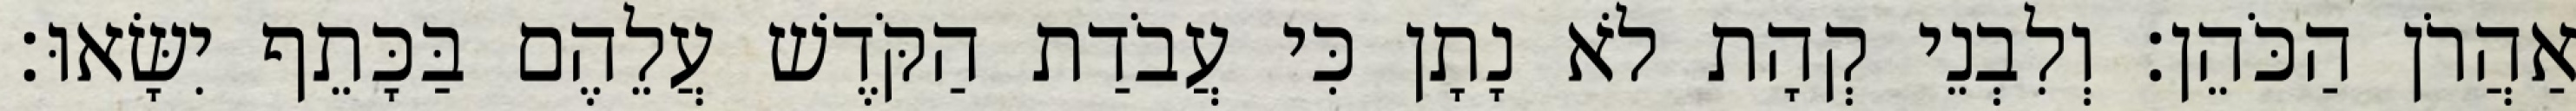
אַהֲרֹן הַכֹּהֵן׃ וְלִבְנֵי קְהָת לֹא נָתָן כִּי עֲבֹדַת הַקֹּדֶשׁ עֲלֵהֶם בַּכָּתֵף יִשָּׂאוּ׃